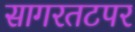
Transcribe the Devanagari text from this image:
सागरतटपर